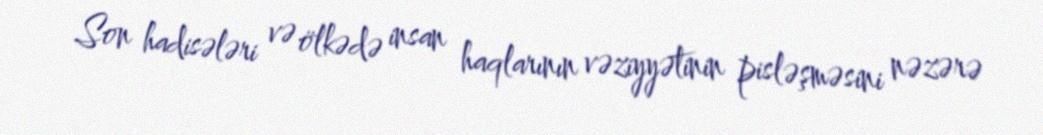
Son hadisələri və ölkədə insan haqlarının vəziyyətinin pisləşməsini nəzərə